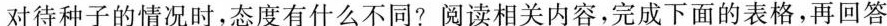
对待种子的情况时，态度有什么不同?阅读相关内容，完成下面的表格，再回答